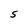
Character: S